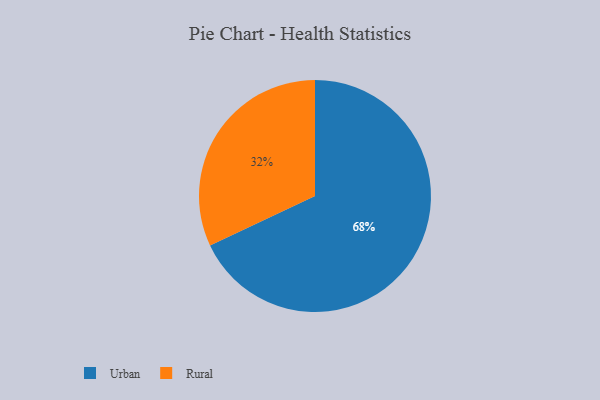
{"axis": {"x": "Category", "y": "Percentage"}, "legend": ["Rural", "Urban"], "data": [{"x": "Urban", "y": 68, "type": "Urban"}, {"x": "Rural", "y": 32, "type": "Rural"}]}